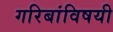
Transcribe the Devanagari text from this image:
गरिबांविषयी